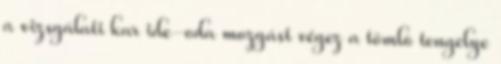
a vizsgálati kar ide-oda mozgást végez a tömlõ tengelye